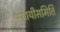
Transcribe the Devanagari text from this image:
स्थायीसमिति